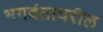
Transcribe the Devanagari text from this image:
भगवंतावरील